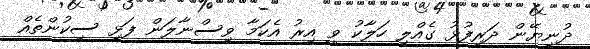
ދުނިޔޭން ދަރިފުޅު ގެއްލި ހަލާކު ވީ އިރު އެކަމާ ވިސްނާލަން ފަޅި ސިކުންތެއް